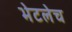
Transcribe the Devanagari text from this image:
भेटलेच